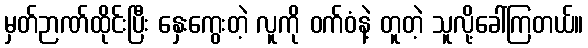
မှတ်ဉာဏ်ထိုင်းပြီး နှေးကွေးတဲ့ လူကို ဝက်ဝံနဲ့ တူတဲ့ သူလို့ခေါ်ကြတယ်။